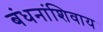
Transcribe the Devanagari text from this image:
बंधनांशिवाय